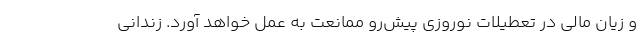
و زیان مالی در تعطیلات نوروزی پیش‌رو ممانعت به عمل خواهد آورد. زندانی